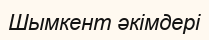
Шымкент әкімдері